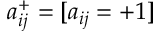
a _ { i j } ^ { + } = [ a _ { i j } = + 1 ]